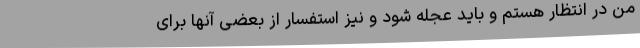
من‌ در انتظار هستم‌ و باید عجله‌ شود و نیز استفسار از بعضی‌ آنها برای‌